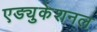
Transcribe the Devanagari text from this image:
एड्युकेशनल